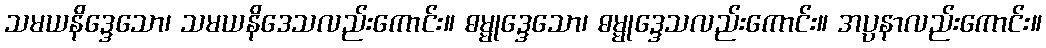
သမယနိဒ္ဒေသော၊ သမယနိဒေသလည်းကောင်း။ ဓမ္မုဒ္ဒေသော၊ ဓမ္မုဒ္ဒေသလည်းကောင်း။ အပ္ပနာလည်းကောင်း။